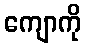
ကျောကို